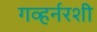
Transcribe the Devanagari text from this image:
गव्हर्नरशी